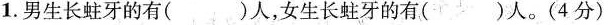
1.男生长蛀牙的有()人，女生长蛀牙的有()人。(4分)